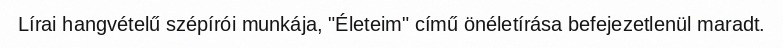
Lírai hangvételű szépírói munkája, "Életeim" című önéletírása befejezetlenül maradt.